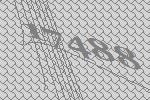
17488